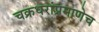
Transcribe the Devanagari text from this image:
चक्रधरांप्रमाणेच